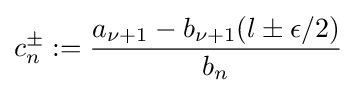
c_{n}^{\pm }:={\frac {a_{\nu +1}-b_{\nu +1}(l\pm \epsilon /2)}{b_{n}}}